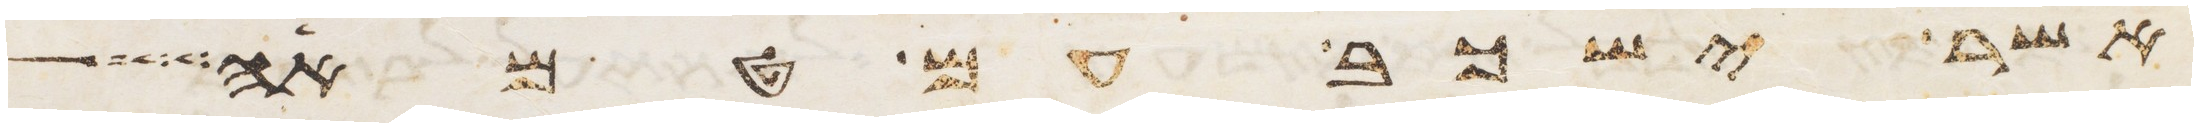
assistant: אשר ישכב עם טמאה